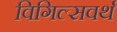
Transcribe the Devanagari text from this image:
विगिल्सवर्थ